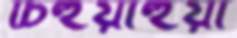
চিহুয়াহুয়া